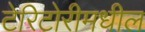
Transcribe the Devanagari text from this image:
टेरिटोरीमधील